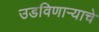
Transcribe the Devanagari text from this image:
उडविणाऱ्याचे